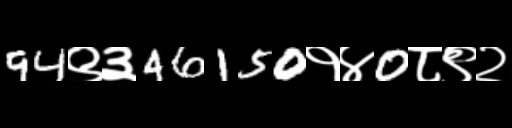
Text: 94९३46150१४0८९२